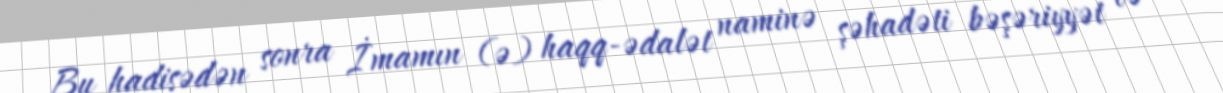
Bu hadisədən sonra İmamın (ə) haqq-ədalət naminə şəhadəti bəşəriyyət və